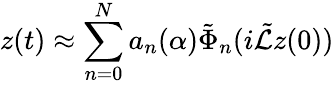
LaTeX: z(t)\approx\sum_{n=0}^{N}a_{n}(\alpha)\tilde{\Phi}_{n}(i\tilde{\mathcal{L}}z(0))